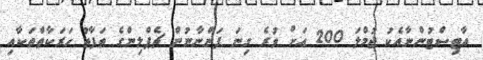
އާޓިސްޓުންނާއެކު ޖުމްލަ 200 އަށް ވުރެ ގިނަ ފަންނާނުން ޗެޕްލިންގެ ތަފާތު ހަރަކާތްތަކާއި